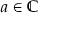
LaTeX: a \in \mathbb { C }